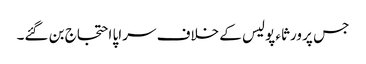
جس پر ورثاء پولیس کے خلاف سراپا احتجاج بن گئے۔